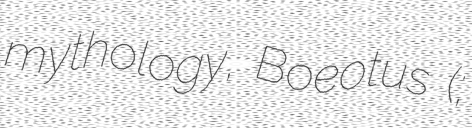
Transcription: mythology, Boeotus (;